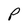
Character: P